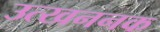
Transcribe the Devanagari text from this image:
उत्खननक